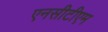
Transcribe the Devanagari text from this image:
एनसीटीएम